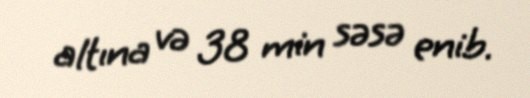
altına və 38 min səsə enib.